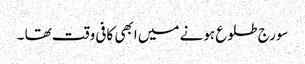
سورج طلوع ہونے میں ابھی کافی وقت تھا ۔